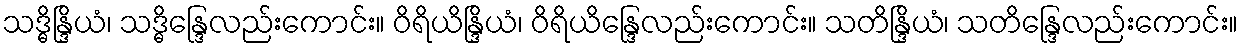
သဒ္ဓိန္ဒြိယံ၊ သဒ္ဓိန္ဒြေလည်းကောင်း။ ဝိရိယိန္ဒြိယံ၊ ဝိရိယိန္ဒြေလည်းကောင်း။ သတိန္ဒြိယံ၊ သတိန္ဒြေလည်းကောင်း။